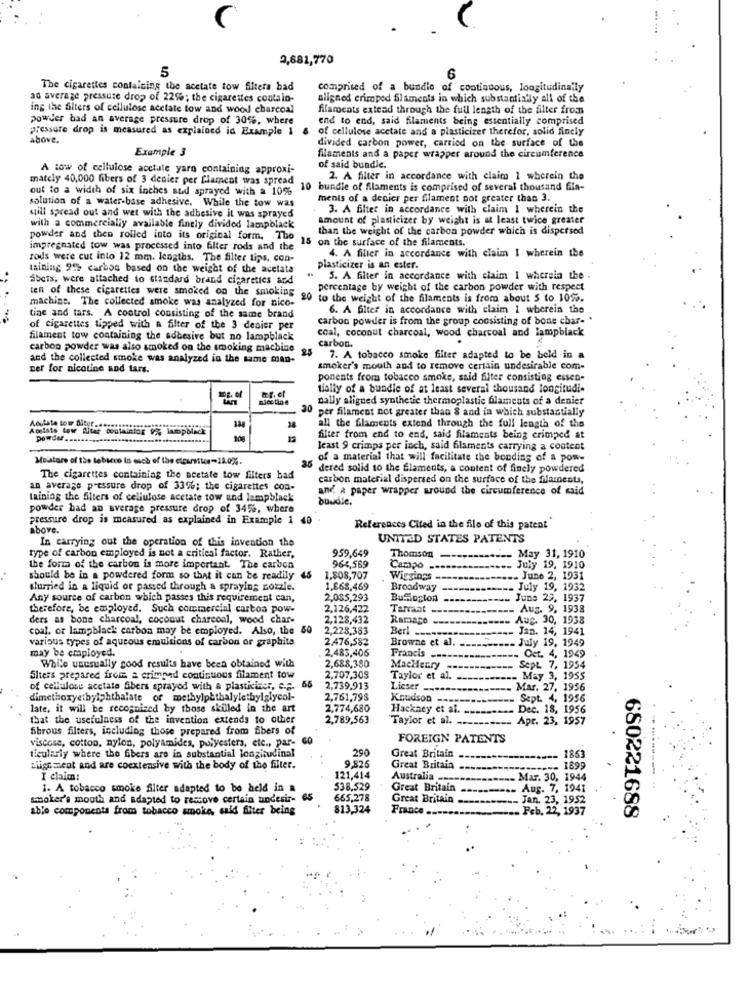
2,681,770
5
6
The cigarettes containing the acetate tow filters had
comprised of a bundle of continuous, longitudinally
an average pressure drop of 22%; the cigarettes contain-
aligned erimped Slaments in which substantially all of the
ing the filters of cellulose acetate tow and wood charcoal
filarcats extead through the full length of the filter from
power bad an average pressure drop of 30%, where
end to end, said filaments being essentially comprised
pressure drop is measured as explained in Example 1 &
of cellulose acetate and a plasticizer therefor, solid finely
above.
divided carbon power, carried on the surface of the
Example 3
filaments and a paper wrapper around the circumference
A tow of cellulose acetate yaro containing approxi-
of said bundle.
mately 40,000 fibers of 3 denier per flament was spread
2. A filter in accordance with claim 1 wherein the
out to a width of six inches atd sprayed with a 10%
10
bundle of filaments is comprised of several thousand fila-
solution of a water-base adhesive. While the tow was
ments of a denier per filament not greater than 3.
3. A filter in accordance with claim I wherein the
will spread out and wet with the adbesive it was sprayed
amount of plasticizer by weight is at least twice greater
with a commercially available finely divided lampblack
than the weight of the carbon powder which is dispersed
powder and then rolled into its original form. The
15 on the surface of the filaments.
impregnated tow was processed into filter rods and the
4. A filler in accordance with claim I wherein the
rods were cut into 12 mm. lengths. The filter tips, con-
taining 91% carbon based on the weight of the acelata
plasticizer is an ester.
..
Sbets, were attached to standard brand cigaretics and
5. A filter in accordance with claim 1 wherein the .
ten of these cigarettes were smoked on the smoking
percentage by weight of the carbon powder with respect
machine. The collected smoke was analyzed for nico-
20
to the weight of the filaments is from about 5 to 10%.
6. A filter in accordance with claim 1 wherein the
tine and tars. A cootrol consisting of the same brand
carbon powder is from the group consisting of bone char-
of cigarettes tipped with a filter of the 3 denier per
coal, coconut charcoal, wood charcoal and lampblack
filament tow containing the adhesive but no lampblack
carbon.
carbon powder was also smoked on the smoking machine
25
and the collected smoke was analyzed in the same man-
7. A tobacco smoke filter adapted to be beld in a
Der for nicotine and tars.
smoker's mouth and to remove certain undesirable com-
ponents from tobacco smoke, said filter consisting essen-
tially of a bundle of at least several thousand longitudi-
dally aligned synthetic thermoplastic blaments of a denier
20
per filament not greater than 8 and in which substantially
Aostate tow Biter ....******
all the filaments extend through the full length of the
100
filter from end to end, said filaments being crimped at
least 9 crimps per inch, said filaments carrying a content
Moistore of the tobacco In much of the cirurstics-12.0%.
25
of a material that will facilitate the bonding of a pow-
dered solid to the Slaments, a content of finely powdered
The cigarettes containing the acetate tow filters bad
carbon material dispersed on the surface of the filaments,
an average pressure drop of 33%; the cigarettes con-
and & paper wrapper around the circumference of said
taining the Siters of cellulose acetate tow and lampblack
bundle.
powder bad an average pressure drop of 34%, where
pressure drop is measured as explained in Example 1
above.
References Cited in the file of this patent
In carrying out the operation of this invention the
UNITED STATES PATENTS
959,649
type of carbon employed is not a critical factor. Rather,
Thomson
May 31, 1910
the form of the carbon is more important. The carbon
964,569
Campo
July 19, 1910
should be in a powdered form so that it can be readily
45
1.808,707
Wiegings
- June 2, 1931
surried in a liquid or passed through a spraying nozzle.
1.868,469
Broadway
July 19, 1932
Any source of carbon which passes this requirement can,
2,0$5,293
BuSioston
Juns 29, 1937
therefore, be employed, Such commercial cartoa pow-
2,126,422
Tarrant
- Aug. 9, 1938
ders as bone charcoal, coconut charcoal, wood char-
2,128,432
Aug. 30, 1938
coal, or lampblack carbon may be employed. Also, the 60
2,228,383
Ramaco-
Jan. 14, 1941
various types of aqueous emulsions of carbon or graphite
2.476,582
Browne et al.
Berl -------
July 19, 1949
2,483,406
Francis ---
Oct. 4, 1949
may be employed.
2,688,380
While unusually good results have been obtained with
2.707,308
MacHenry -
Sept. 7, 1954
Sheis prepared from a erimped continuous filament tow
Taylor et al.
.- May 3, 1955
of cellulose acetate fibers sprayed with a plasticiacr, c.a.
2,739,913
Lieser
Mar. 27, 1956
dimethoxyetbyighthalate of methylphthalylethylglycol-
2,761,798
Koudson ---
Sept. 4. 1956
late, it will be recognized by those skilled in the art
2,774,680
Hackney et al.
.Dec. 18, 1956
that the usefulness of the invention extends to other
2,789,563
Taylor et al. ---
Apr. 23, 1957
fibrous filters, including those prepared from fibers of
viscose, cotton, nylon, polyamides, polyesters, etc ., par-
FOREIGN PATENTS
290
. 1853
ticularly where the fibers are in substantial longitudinal
Great Britain
Liiga ment and are coextensive with the body of the filter.
9.826
Great Britain
----- 1899
I claim:
121,414
Australia ----
Mar. 30, 1944
1. A tobacco smoke filter adapted to be held in a
538,529
Great Britain
Aug. 7, 1941
smoker's mouth and adapted to remove certain undesir-
665,278
Great Britain
Jan. 23, 1952
able components from tobacco smoke, said fiter being
813,324
France
. Feb. 22, 1937
680221688